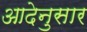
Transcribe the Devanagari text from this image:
आदेनुसार